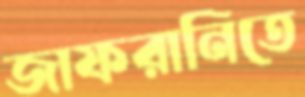
জাফরানিতে